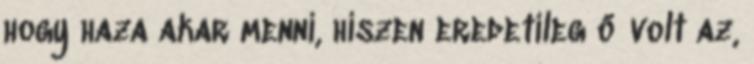
hogy haza akar menni, hiszen eredetileg ő volt az,